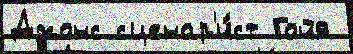
Джонс сценар'и́ст Гойя